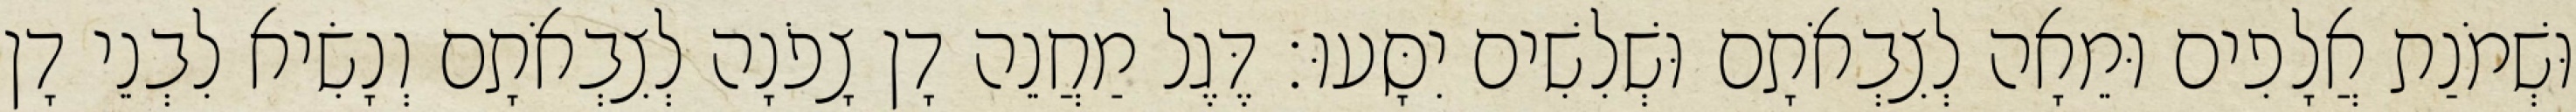
וּשְׁמֹנַת אֲלָפִים וּמֵאָה לְצִבְאֹתָם וּשְׁלִשִׁים יִסָּעוּ׃ דֶּגֶל מַחֲנֵה דָן צָפֹנָה לְצִבְאֹתָם וְנָשִׂיא לִבְנֵי דָן